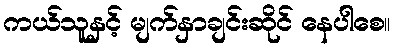
ကယ်သူနှင့် မျက်နှာချင်းဆိုင် နေပါစေ။